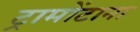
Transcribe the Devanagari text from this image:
ट्रामोंटाना